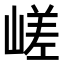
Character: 嵯